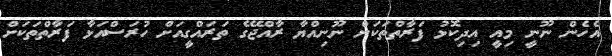
އެހެން ނޫނީ މިއީ އިދިކޮޅު ފަރާތްތަކަށް ނޫނިއްޔާ ރާއްޖޭގެ ތަރައްގީއަށް ހުރަސްއަޅާ ފަރާތްތަކަށް